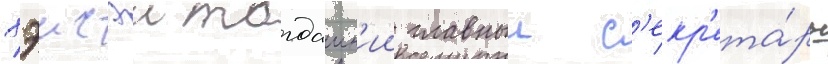
хэисэи тогдашн'ии главныи с'екр'ета́рь